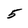
Character: 5